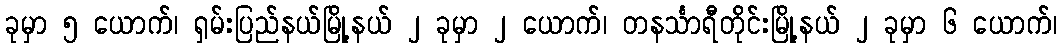
ခုမှာ ၅ ယောက်၊ ရှမ်းပြည်နယ်မြို့နယ် ၂ ခုမှာ ၂ ယောက်၊ တနင်္သာရီတိုင်းမြို့နယ် ၂ ခုမှာ ၆ ယောက်၊